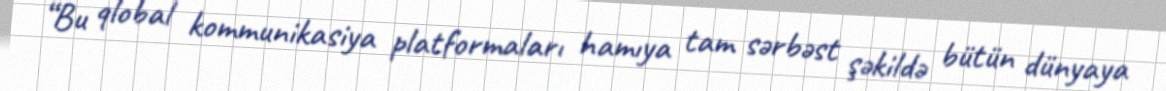
“Bu qlobal kommunikasiya platformaları hamıya tam sərbəst şəkildə bütün dünyaya